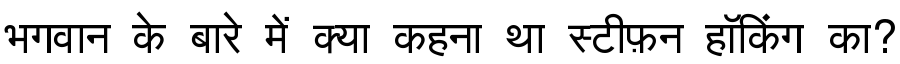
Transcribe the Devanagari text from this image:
भगवान के बारे में क्या कहना था स्टीफ़न हॉकिंग का?